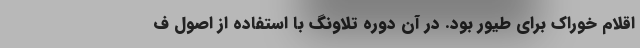
اقلام خوراک برای طیور بود. در آن دوره تلاونگ با استفاده از اصول ف